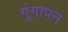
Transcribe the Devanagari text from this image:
गूंगापन